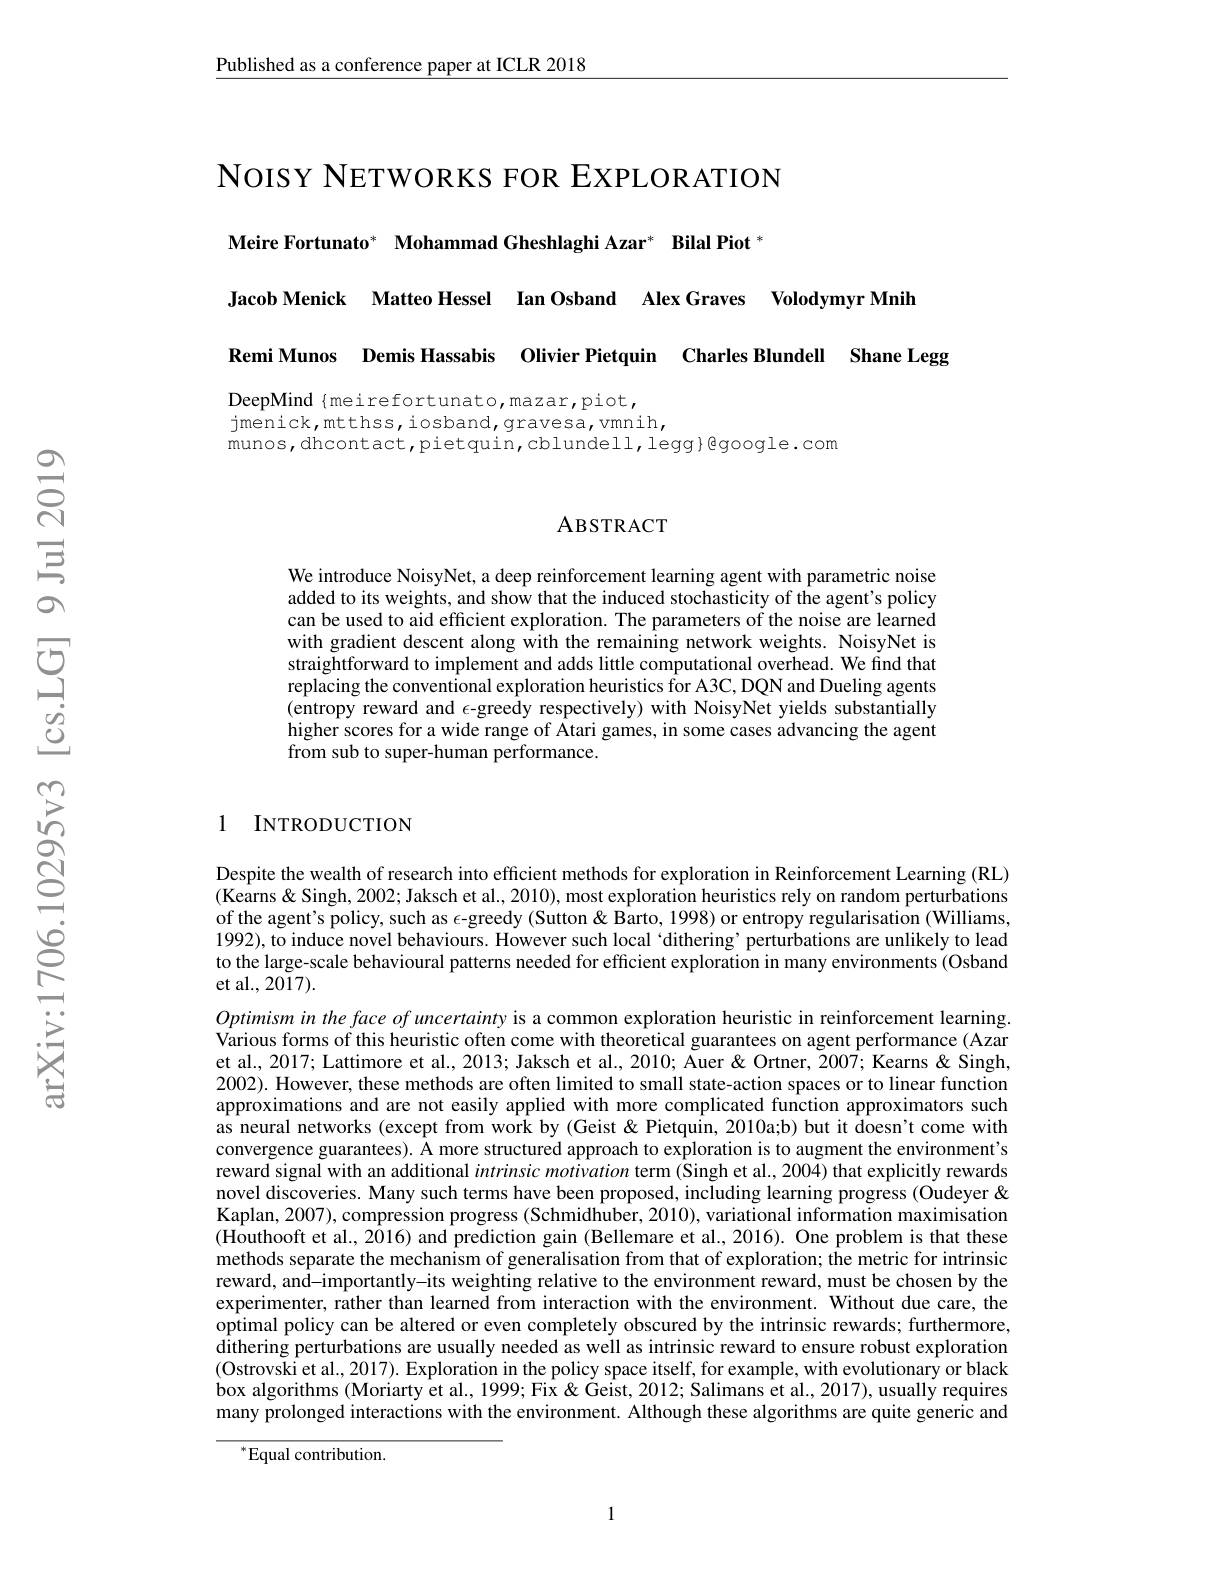
Published as a conference paper at ICLR 2018

NoIsY NETWORKS FOR EXPLORATION

Meire Fortunato* Mohammad Gheshlaghi Azar* Bilal Piot *

Jacob Menick Matteo Hessel Ian Osband Alex Graves Volodymyr Mnih

Remi Munos Demis Hassabis Olivier Pietquin Charles Blundell Shane Legg

DeepMind{meirefortunato,mazar,piot,
jmenick,mtthss,iosband,gravesa,vmnih,
munos, dhcontact, pietquin, cblundell, legg}Bgoogle. com

### ABSTRACT

We introduce NoisyNet, a deep reinforcement learning agent with parametric noise added to its weights, and show that the induced stochasticity of the agent's policy can be used to aid efficient exploration. The parameters of the noise are learned with gradient descent along with the remaining network weights. NoisyNet is straightforward to implement and adds little computational overhead. We find that replacing the conventional exploration heuristics for A3C, DQN and Dueling agents (entropy reward and $\epsilon$-greedy respectively) with NoisyNet yields substantially higher scores for a wide range of Atari games, in some cases advancing the agent from sub to super-human performance.

1 INTRODUCTION

Despite the wealth of research into efficient methods for exploration in Reinforcement Learning (RL) $(\hat{\text{Kearns }\&}$ Singh, 2002; Jaksch et al., 2010), most exploration heuristics rely on random perturbations of the agent's policy, such as $\epsilon$-greedy (Sutton&Barto, 1998) or entropy regularisation (Williams, 1992), to induce novel behaviours. However such local ‘dithering’perturbations are unlikely to lead to the large-scale behavioural patterns needed for efficient exploration in many environments (Osband et al., 2017).
Optimisminthefaceofuncertainty is a common exploration heuristic in reinforcement learning. Various forms of this heuristic often come with theoretical guarantees on agent performance (Azar et al., 2017; Lattimore et al., 2013; Jaksch et al., 2010; Kuer & Ortner, $\tilde{2}007;$ Kearns & Singh, 2002). However, these methods are often limited to small state-action spaces or to linear function approximations and are not easily applied with more complicated function approximators such as neural networks (except from work by (Geist &Pietquin, 2010a;b) but it doesn't come with convergence guarantees). A more structured approach to exploration is to augment the environment's reward signal with an additional intrinsicmotivation term (Singh et al., 2004) that explicitly rewards novel discoveries. Many such terms have been proposed, including learning progress (Oudeyer& Kaplan, 2007), compression progress (Schmidhuber, 2010), variational information maximisation (Houthooft et al., 2016) and prediction gain (Bellemare et al., 2016). One problem is that these methods separate the mechanism of generalisation from that of exploration; the metric for intrinsic reward, and-importantly-its weighting relative to the environment reward, must be chosen by the experimenter, rather than learned from interaction with the environment. Without due care, the $\hat{\text{optimal policy can be altered or even completely obscured by the intrinsic rewards; furthermore,}}$ dithering perturbations are usually needed as well as intrinsic reward to ensure robust exploration (Ostrovski et al., 2017). Exploration in the policy space itself, for example, with evolutionary or black box algorithms (Moriarty et al., 1999; Fix & Geist, 2012; Salimans et al., 2017), usually requires many prolonged interactions with the environment. Although these algorithms are quite generic and

$^{*}$Equal contribution.

1